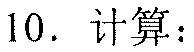
10. 计算：